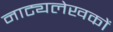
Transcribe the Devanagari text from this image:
नाट्यलेखकों